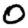
Digit: 0